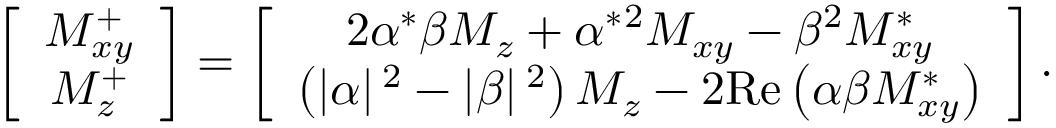
\left[ \begin{array} { c } { M _ { x y } ^ { + } } \\ { M _ { z } ^ { + } } \end{array} \right] = \left[ \begin{array} { c } { 2 \alpha ^ { * } \beta M _ { z } + \alpha ^ { * } { ^ { 2 } } M _ { x y } - \beta { ^ { 2 } } M _ { x y } ^ { * } } \\ { \left( \left| \alpha \right| { ^ { 2 } } - \left| \beta \right| { ^ { 2 } } \right) M _ { z } - 2 \mathrm { R e } \left( \alpha \beta M _ { x y } ^ { * } \right) } \end{array} \right] .